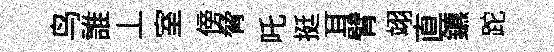
鸟誰丄室傍脅吒挺耳臂翊直鑣跎